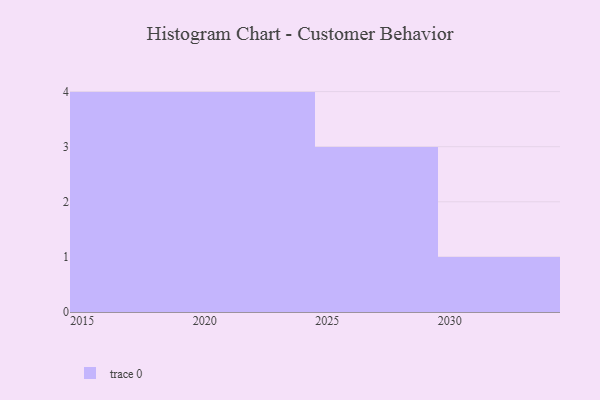
{"axis": {"x": "Year", "y": "Conversion Rate (%)"}, "legend": [""], "data": [{"x": "2026", "y": 83, "type": ""}, {"x": "2019", "y": 26, "type": ""}, {"x": "2018", "y": 96, "type": ""}, {"x": "2027", "y": 34, "type": ""}, {"x": "2030", "y": 20, "type": ""}, {"x": "2022", "y": 45, "type": ""}, {"x": "2025", "y": 96, "type": ""}, {"x": "2020", "y": 18, "type": ""}, {"x": "2024", "y": 2, "type": ""}, {"x": "2021", "y": 16, "type": ""}, {"x": "2015", "y": 19, "type": ""}, {"x": "2016", "y": 32, "type": ""}]}